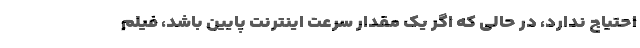
احتیاج ندارد، در حالی که اگر یک مقدار سرعت اینترنت پایین باشد، فیلم